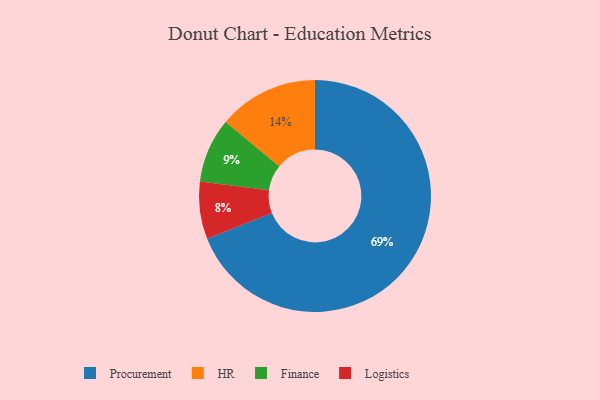
{"axis": {"x": "Category", "y": "Percentage"}, "legend": ["Finance", "HR", "Logistics", "Procurement"], "data": [{"x": "Procurement", "y": 69, "type": "Procurement"}, {"x": "HR", "y": 14, "type": "HR"}, {"x": "Finance", "y": 9, "type": "Finance"}, {"x": "Logistics", "y": 8, "type": "Logistics"}]}